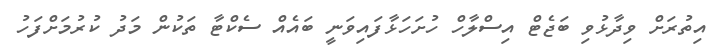
އިތުރަށް ވިދާޅުވި ބަޖެޓް އިސްލާހް ހުށަހަޅާފައިވަނީ ބައެއް ސެކްޓާ ތަކުން މަދު ކުރުމަށްފަހު